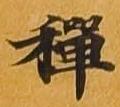
禅